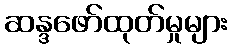
ဆန္ဒဖော်ထုတ်မှုများ